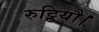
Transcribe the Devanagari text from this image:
रुट्ठियौ।